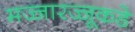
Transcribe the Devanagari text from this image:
मज्जारज्जूकडे